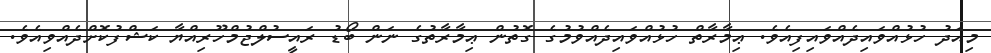
މިއަދު ހުޅުއްވައިދެއްވައިފިއެވެ. ޢިމާރާތް ހުޅުއްވައިދެއްވުމުގެ ގޮތުން ޢިމާރާތުގެ ނަން ބޯޑު ރައީސުލްޖުމްހޫރިއްޔާ ކަޝްފުކޮށްދެއްވިއެވެ.